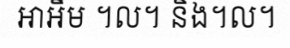
អាអឹម ។ល។ និង។ល។